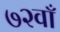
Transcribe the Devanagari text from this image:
७२वाँ